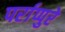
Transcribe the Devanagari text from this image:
पर्राप्पुरे